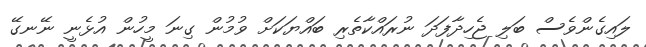
ލައިގެންވެސް ބަލި ޖެހިދާފަދަ ނުރައްކާތެރި ބައްޔަކަށް ވުމުން ގިނަ މީހުން އުޅެނީ ނޭނގޭ